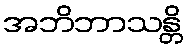
အဘိဘာသန္တိ